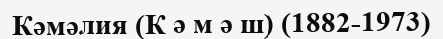
Кәмәлия (К ә м ә ш) (1882-1973)